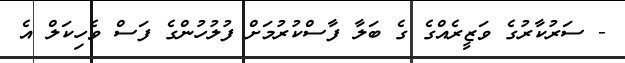
- ސަރުކާރުގެ ވަޒީރެއްގެ ގެ ބަލާ ފާސްކުރުމަށް ފުލުހުންގެ ފަސް ވެހިކަލް އެ